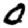
Digit: 0